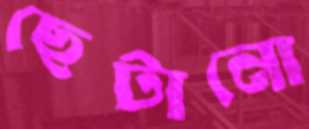
ছেটানো